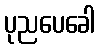
ပုညပေခေါ